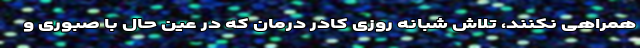
همراهی نکنند، تلاش شبانه روزی کادر درمان که در عین حال با صبوری و